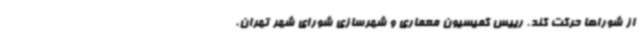
از شوراها حرکت کند. رییس کمیسیون معماری و شهرسازی شورای شهر تهران،